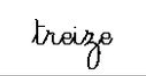
treize